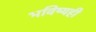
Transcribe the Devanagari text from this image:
भविष्यही